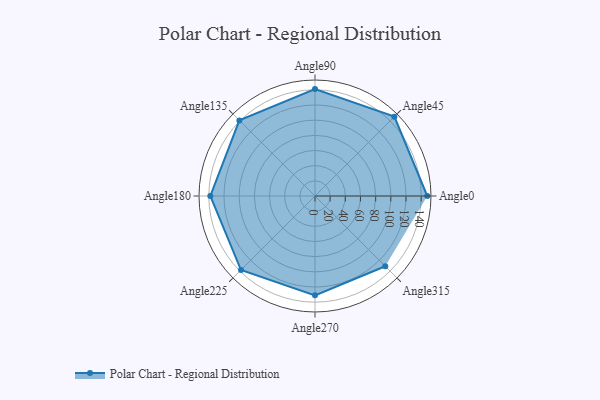
{"axis": {"x": "Angle", "y": "Radius"}, "legend": [""], "data": [{"x": "Angle0", "y": 148.0, "type": ""}, {"x": "Angle45", "y": 148.0, "type": ""}, {"x": "Angle90", "y": 141.0, "type": ""}, {"x": "Angle135", "y": 141.0, "type": ""}, {"x": "Angle180", "y": 138.0, "type": ""}, {"x": "Angle225", "y": 138.0, "type": ""}, {"x": "Angle270", "y": 131.0, "type": ""}, {"x": "Angle315", "y": 131.0, "type": ""}]}